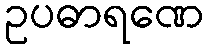
ဥပဓာရဏေ